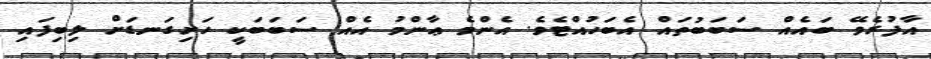
އާފުރެވޭ ބައެއް ސަބަބުތައް އެބަހުއްޓެވެ. އެންމެ ޢާންމު އެއް ސަބަބަކީ ހަށިގަނޑަށް ލިބިފައި